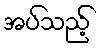
အပ်သည့်